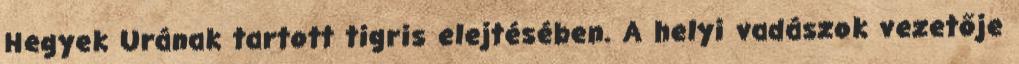
Hegyek Urának tartott tigris elejtésében. A helyi vadászok vezetője